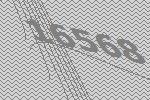
16568